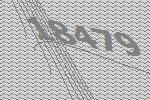
18479